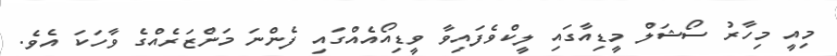
މިއީ މިހާރު ސޯޝަލް މީޑިއާގައި ލީކްވެފައިވާ ވީޑިއޯއެއްގައި ފެންނަ މަންޒަރެއްގެ ވާހަކަ އެވެ.